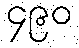
၄၉၀